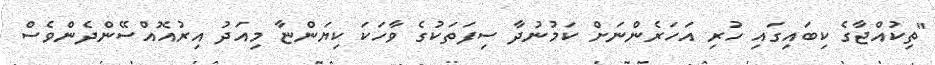
"ތިކުއްޖާގެ ކިބައިގައި ހުރި އަހަރެންނަށް ކަމުނުދާ ސިފަތަކުގެ ވާހަކަ ކިޔަންޏާ މިއަދު އިރުއޮއްސޭންދެންވެސް